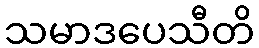
သမာဒပေသီတိ